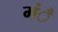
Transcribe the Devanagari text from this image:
मंै